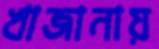
খাজানায়